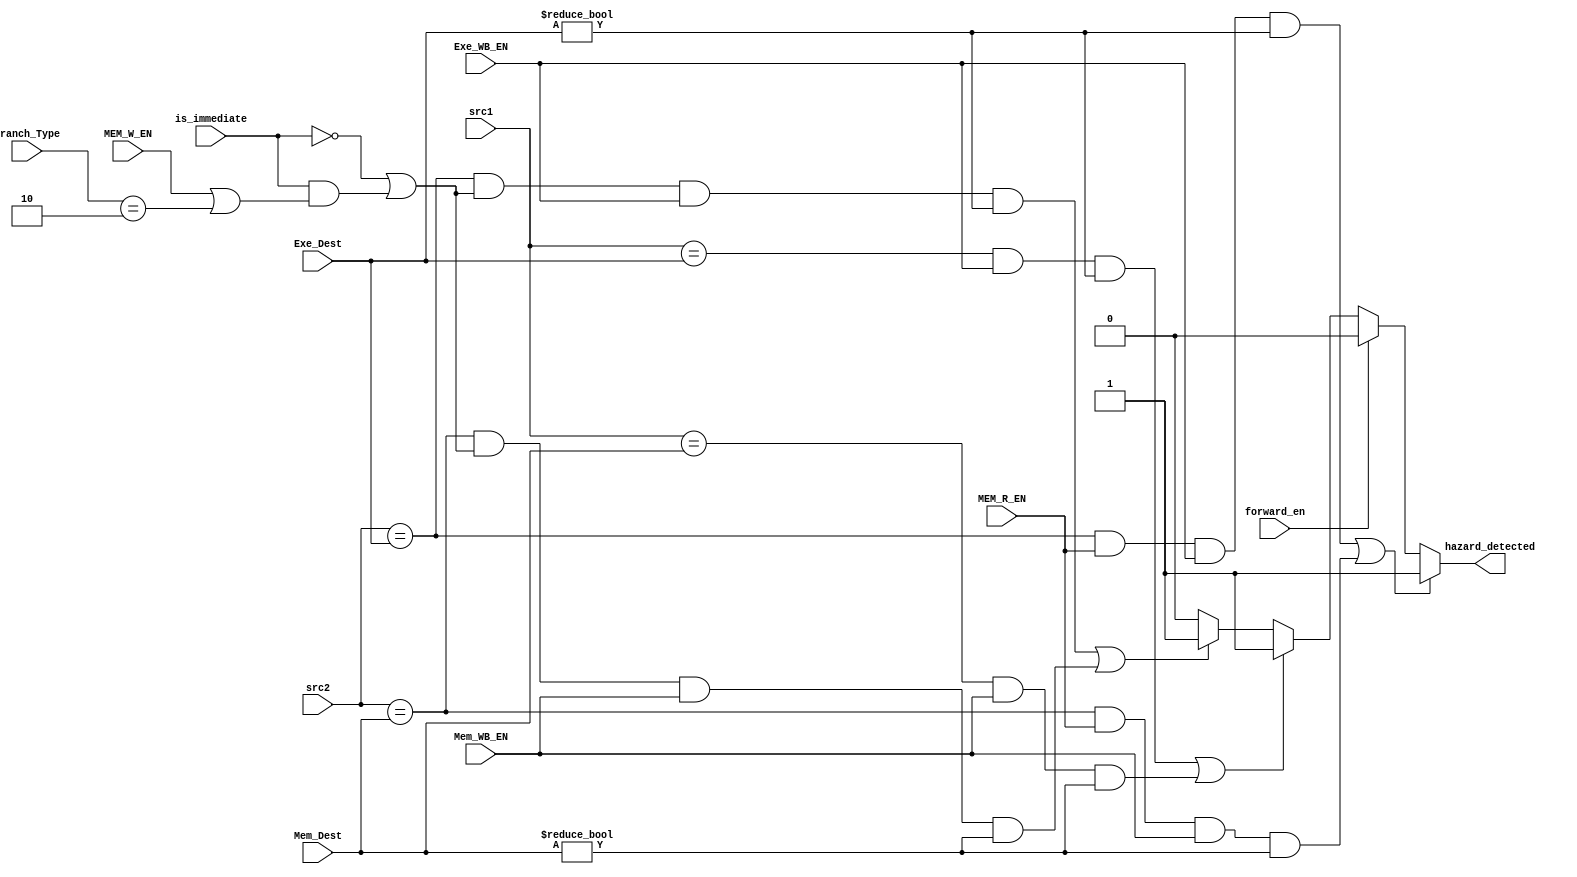
module Hazard_Detection_Unit(
  input [4:0]src1,
  input [4:0]src2,
  input [4:0]Exe_Dest,
  input Exe_WB_EN,
  input [4:0]Mem_Dest,
  input Mem_WB_EN,
  input is_immediate,
  input MEM_R_EN,
  input MEM_W_EN,
  input [1:0] Branch_Type,
  input forward_en,
  output reg hazard_detected
);

always @ ( * ) begin
  hazard_detected <= 1'b0;
  if(forward_en == 1'b0) begin
    if((src1 == Exe_Dest && Exe_WB_EN && Exe_Dest != 0) || (src1 == Mem_Dest && Mem_WB_EN && Mem_Dest != 0))
      hazard_detected <= 1'b1;
    else if ((src2 == Exe_Dest && (!is_immediate || (is_immediate && (MEM_W_EN || (Branch_Type == 2'b10)))) && Exe_WB_EN && Exe_Dest != 0) || (src2 == Mem_Dest && (!is_immediate || (is_immediate && (MEM_W_EN || (Branch_Type == 2'b10)))) && Mem_WB_EN && Mem_Dest != 0))
      hazard_detected <= 1'b1;
  end
  if (((src2 == Exe_Dest && MEM_R_EN) && Exe_WB_EN && Exe_Dest != 0) || ((src2 == Mem_Dest && MEM_R_EN) && Mem_WB_EN && Mem_Dest != 0))
    hazard_detected <= 1'b1;
end
endmodule